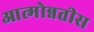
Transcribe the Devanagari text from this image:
आत्मोन्नतीस